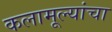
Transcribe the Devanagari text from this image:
कलामूल्यांचा